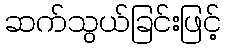
ဆက်သွယ်ခြင်းဖြင့်